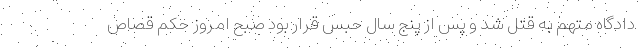
دادگاه متهم به قتل شد و پس از پنج سال حبس قرار بود صبح امروز حکم قصاص